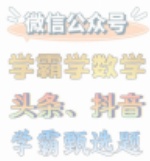
微信公众号
学霸学数学
头条、抖音
学霸题选题